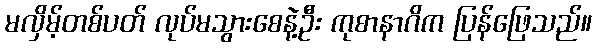
မလှိမ့်တစ်ပတ် လုပ်မသွားစေနဲ့ဦး ကုစာနာဂိက ပြန်ဖြေသည်။